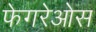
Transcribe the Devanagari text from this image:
फेगरेओस